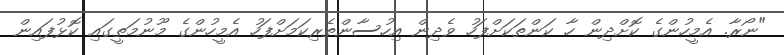
"ނޯރާ. އެމީހުންގެ ކޮށްދިން ހާ ކަންތަކަށްފަހު ވެދިން އިހުސާންތެރިކަމަށްފަހު އެމީހުންގެ މޫނުމަތީގައި ކޮޅުފައިން